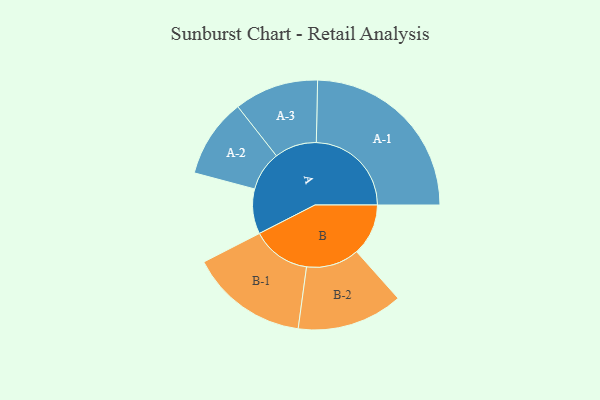
{"axis": {"x": "Segment", "y": "Value"}, "legend": ["", "A", "B"], "data": [{"x": "A", "y": 141, "type": ""}, {"x": "B", "y": 162, "type": ""}, {"x": "A-1", "y": 298, "type": "A"}, {"x": "A-2", "y": 124, "type": "A"}, {"x": "A-3", "y": 132, "type": "A"}, {"x": "B-1", "y": 185, "type": "B"}, {"x": "B-2", "y": 166, "type": "B"}]}